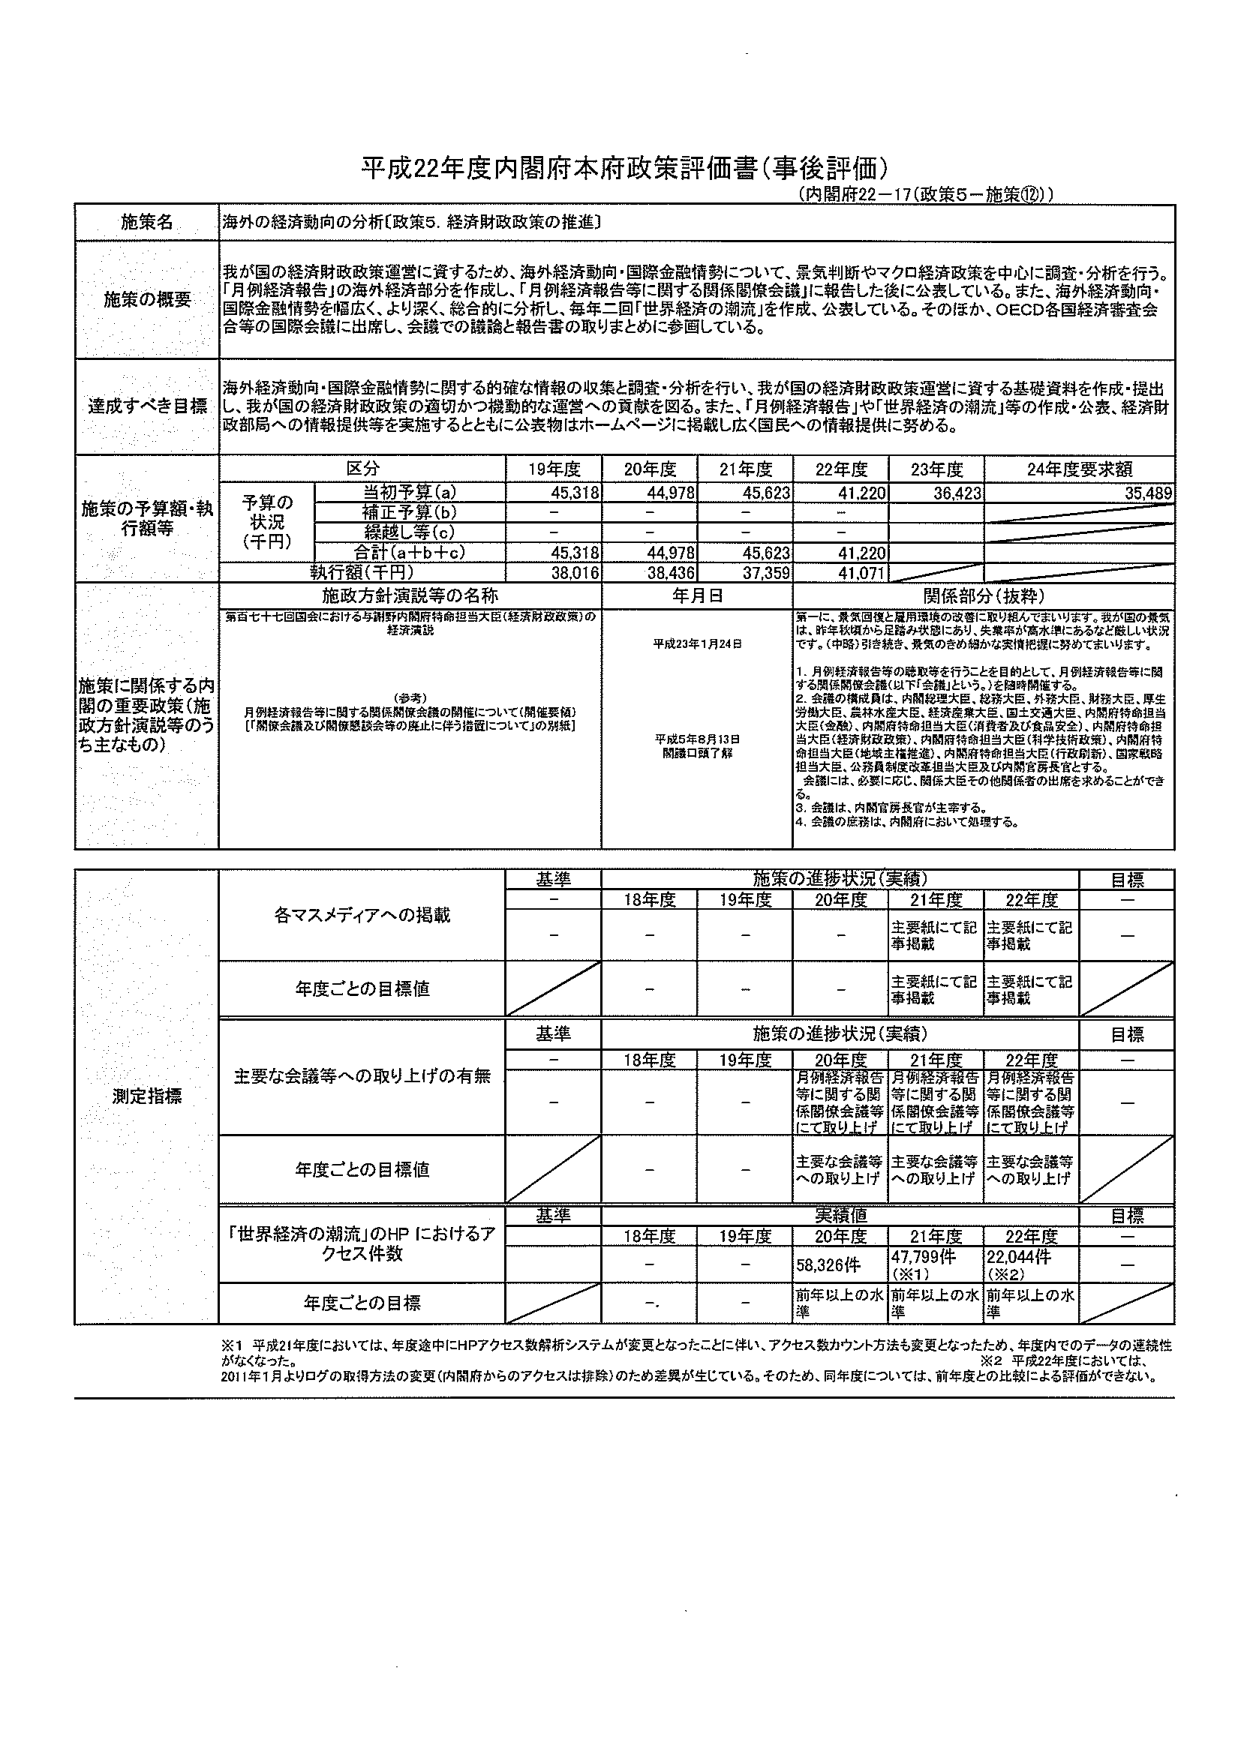
平成22年度内閣府本府政策評価書（事後評価）
（内閣府22－17（政策5－施策⑫））

施策名 海外の経済動向の分析【政策5．経済財政政策の推進】

施策の概要
我が国の経済財政政策運営に資するため、海外経済動向・国際金融情勢について、景気判断やマクロ経済政策を中心に調査・分析を行う。
「月例経済報告」の海外経済部分を作成し、「月例経済報告等に関する関係閣僚会議」に報告した後に公表している。また、海外経済動向・
国際金融情勢を幅広く、より深く、総合的に分析し、毎年二回「世界経済の潮流」を作成、公表している。そのほか、OECD各国経済審査会
合等の国際会議に出席し、会議での議論と報告書の取りまとめに参画している。

達成すべき目標
海外経済動向・国際金融情勢に関する的確な情報の収集と調査・分析を行い、我が国の経済財政政策運営に資する基礎資料を作成・提出
し、我が国の経済財政政策の適切かつ機動的な運営への貢献を図る。また、「月例経済報告」や「世界経済の潮流」等の作成・公表、経済財
政部局への情報提供を実施するとともに公表物はホームページに掲載し広く国民への情報提供に努める。

施策の予算額・執行額等
区分 19年度 20年度 21年度 22年度 23年度 24年度要求額
予算の状況（千円）
　当初予算（a） 45,318 44,978 45,623 41,220 36,423 35,489
　補正予算（b） － － － －
　繰越し等（c） － － － －
　合計（a＋b＋c） 45,318 44,978 45,623 41,220
執行額（千円） 38,016 38,436 37,359 41,071

施策に関係する内閣の重要政策（施策方針演説等のうち主なもの）
施策方針演説等の名称 年月日 関係部分（抜粋）
第百七十七回国会における与謝野内閣府特命担当大臣（経済財政政策）の経済演説 平成23年1月24日
第一に、景気回復と雇用環境の改善に取り組んでまいります。我が国の景気は、昨年秋頃から足踏み状態にあり、失業率が高水準にあるなど厳しい状況です。（中略）引き続き、景気のきめ細かな実情把握を図ってまいります。
（参考）
月例経済報告等に関する関係閣僚会議の開催について（開催要領）
［「関係会議及び関係懸談会等の廃止に伴う措置について」の別紙］ 平成5年8月13日 閣議了解了届
1．月例経済報告等の聴取等を行うことを目的として、月例経済報告等に関する関係閣僚会議（以下「会議」という。）を随時開催する。
2．会議の構成員は、内閣総理大臣、総務大臣、外務大臣、財務大臣、厚生労働大臣、農林水産大臣、経済産業大臣、国土交通大臣、内閣府特命担当大臣（金融）、内閣府特命担当大臣（消費者及び食品安全）、内閣府特命担当大臣（経済財政政策）、内閣府特命担当大臣（科学技術政策）、内閣府特命担当大臣（地域主権推進）、内閣府特命担当大臣（行政刷新）、国家戦略担当大臣、公務員制度改革担当大臣及び内閣官房長官とする。
会議には、必要に応じ、関係大臣その他関係者の出席を求めることができ る。
3．会議は、内閣官房長官が主宰する。
4．会議の庶務は、内閣府において処理する。

測定指標
各マスメディアへの掲載
　基準 施策の進捗状況（実績） 目標
　－ 18年度 19年度 20年度 21年度 22年度 －
　－ － － － 主要紙にて記事掲載 主要紙にて記事掲載 －
年度ごとの目標値 － － － 主要紙にて記事掲載 主要紙にて記事掲載

主要な会議等への取り上げの有無
　基準 施策の進捗状況（実績） 目標
　－ 18年度 19年度 20年度 21年度 22年度 －
　－ － － 月例経済報告等に関する関係閣僚会議等にて取り上げ 月例経済報告等に関する関係閣僚会議等にて取り上げ 月例経済報告等に関する関係閣僚会議等にて取り上げ －
年度ごとの目標値 － － 主要な会議等への取り上げ 主要な会議等への取り上げ 主要な会議等への取り上げ

「世界経済の潮流」のHPにおけるアクセス件数
　基準 実績値 目標
　18年度 19年度 20年度 21年度 22年度 －
　－ － 58,326件 47,799件（※1） 22,044件（※2） －
年度ごとの目標 － － 前年以上の水準 前年以上の水準 前年以上の水準

※1 平成21年度においては、年度途中にHPアクセス数解析システムが変更となったことに伴い、アクセス数カウント方法も変更となったため、年度内でのデータの連続性がなくなった。
2011年1月よりログの取得方法の変更（内閣府からのアクセスは排除）のため差異が生じている。そのため、同年度については、前年度との比較による評価ができない。
※2 平成22年度においては、